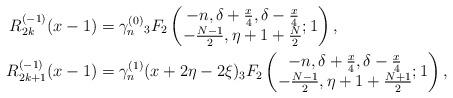
LaTeX: \begin{align*} R_{2k}^{(-1)}(x-1) &= \gamma_n^{(0)} {}_3F_2 \left( \begin{matrix} -n, \delta+\frac{x}{4}, \delta-\frac{x}{4} \\ -\frac{N-1}{2}, \eta+1+\frac{N}{2} \end{matrix} ; 1 \right),\\ R_{2k+1}^{(-1)}(x-1) &= \gamma_n^{(1)} (x+2\eta-2\xi) {}_3F_2 \left( \begin{matrix} -n, \delta+\frac{x}{4}, \delta-\frac{x}{4} \\ -\frac{N-1}{2}, \eta+1+\frac{N+1}{2} \end{matrix} ; 1 \right),\end{align*}